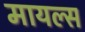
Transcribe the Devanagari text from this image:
मायल्स